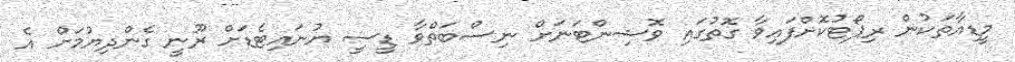
މީޑިއާތަކުން ރިޕޯޓުކޮށްފައިވާ ގޮތުގައި ވޮޝިންޓަނަށް ނިސްބަތްވާ ޑީސީ ޔުނައިޓެޑަށް ރޫނީ ގެންދިޔުމަށް އެ